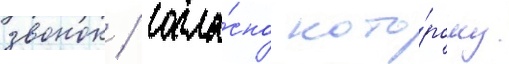
звонок / согла́сно кото́рому